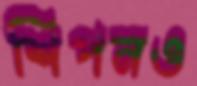
শিপনও